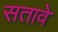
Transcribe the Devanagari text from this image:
सतावे